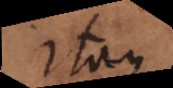
Itaque